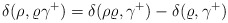
\begin{align*}\delta(\rho,\varrho \gamma^+)=\delta(\rho\varrho,\gamma^+)-\delta(\varrho,\gamma^+)\end{align*}